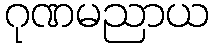
ဂုဏမညာယ